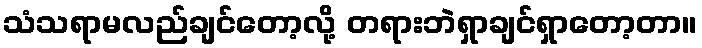
သံသရာမလည်ချင်တော့လို့ တရားဘဲရှာချင်ရှာတော့တာ။